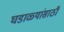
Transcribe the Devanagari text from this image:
घडाळ्यांसाठी